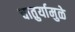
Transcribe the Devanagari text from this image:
चातुर्यामुळे